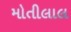
મોતીલાલ